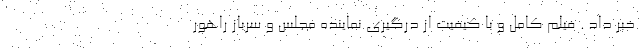
خبر داد . فیلم کامل و با کیفیت از درگیری نماینده مجلس و سرباز راهور